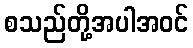
စသည်တို့အပါအဝင်